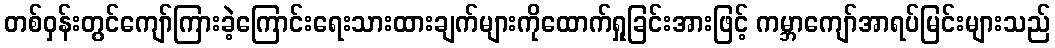
တစ်ဝှန်းတွင်ကျော်ကြားခဲ့ကြောင်းရေးသားထားချက်များကိုထောက်ရှုခြင်းအားဖြင့် ကမ္ဘာကျော်အာရပ်မြင်းများသည်